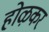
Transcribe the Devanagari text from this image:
होऴकर